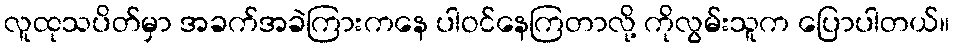
လူထုသပိတ်မှာ အခက်အခဲကြားကနေ ပါဝင်နေကြတာလို့ ကိုလွမ်းသူက ပြောပါတယ်။